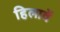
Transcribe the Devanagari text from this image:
हिलावें